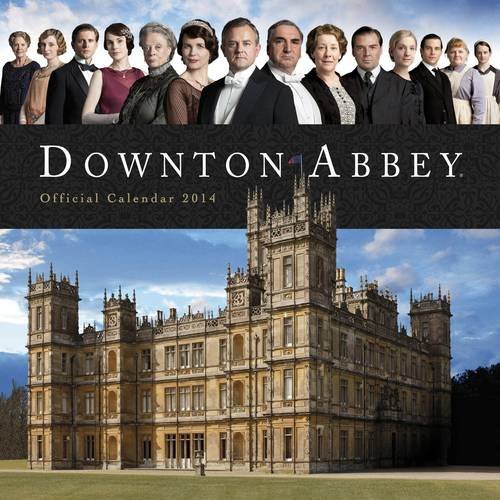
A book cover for Official Downton Abbey 2014 Calendar; Calendars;